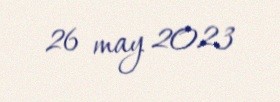
26 may 2023